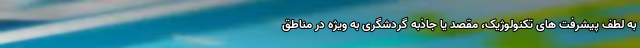
به لطف پیشرفت های تکنولوژیک، مقصد یا جاذبه گردشگری به ویژه در مناطق